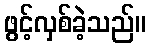
ဖွင့်လှစ်ခဲ့သည်။